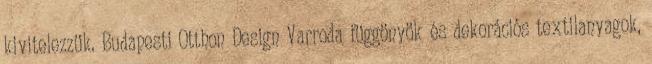
kivitelezzük. Budapesti Otthon Design Varroda függönyök és dekorációs textilanyagok,